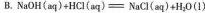
B.$$N a O H ( a q ) + H C l ( a q ) = N a C l ( a q ) + H _ { 2 } 0 ( 1 )$$